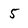
Character: 5